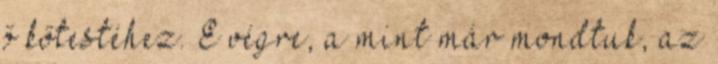
ő kőtestéhez. E végre, a mint már mondtuk, az